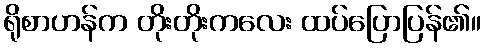
ရိုစာဟန်က တိုးတိုးကလေး ထပ်ပြောပြန်၏။